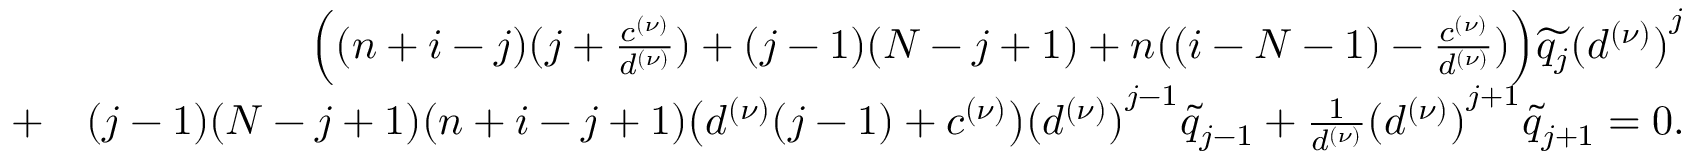
\begin{array} { r l r } & { } & { \Big ( ( n + i - j ) ( j + \frac { c ^ { ( \nu ) } } { d ^ { ( \nu ) } } ) + ( j - 1 ) ( N - j + 1 ) + n ( ( i - N - 1 ) - \frac { c ^ { ( \nu ) } } { d ^ { ( \nu ) } } ) \Big ) \widetilde { q _ { j } } { ( d ^ { ( \nu ) } ) } ^ { j } } \\ & { + } & { ( j - 1 ) ( N - j + 1 ) ( n + i - j + 1 ) \big ( d ^ { ( \nu ) } ( j - 1 ) + c ^ { ( \nu ) } \big ) { ( d ^ { ( \nu ) } ) } ^ { j - 1 } \widetilde { q } _ { j - 1 } + \frac { 1 } { d ^ { ( \nu ) } } { ( d ^ { ( \nu ) } ) } ^ { j + 1 } \widetilde { q } _ { j + 1 } = 0 . } \end{array}